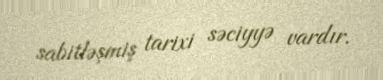
sabitləşmiş tarixi səciyyə vardır.